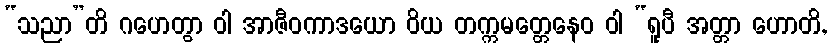
“သညာ”တိ ဂဟေတွာ ဝါ အာဇီဝကာဒယော ဝိယ တက္ကမတ္တေနေဝ ဝါ “ရူပီ အတ္တာ ဟောတိ,